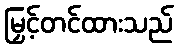
မြှင့်တင်ထားသည်